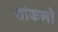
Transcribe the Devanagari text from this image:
शोकगो